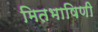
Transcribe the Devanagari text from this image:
मितभाषिणी